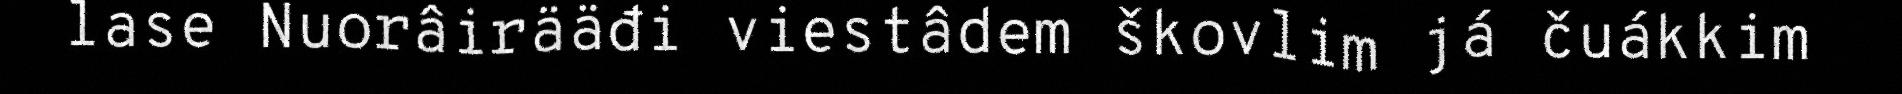
lase Nuorâirääđi viestâdem škovlim já čuákkim